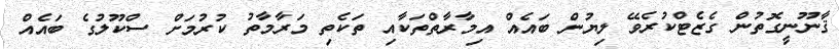
ޤާނޫނީގޮތުން ގެޒެޓްކުރެވޭ ލިޔުން ބައެއް އިމާރާތްތަކާއި ތަކެތި މަރާމާތު ކުރުމަށް ސްކޫލުގެ ބައެއް